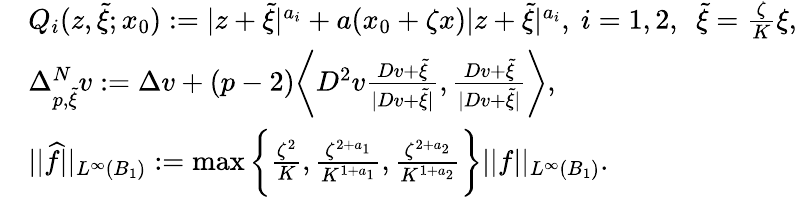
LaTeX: \begin{array}{rl}&{Q_{i}(z,\widetilde{\xi};x_{0}):=|z+\widetilde{\xi}|^{a_{i}}+a(x_{0}+\zeta x)|z+\widetilde{\xi}|^{a_{i}},\ i=1,2,\ \ \widetilde{\xi}=\frac{\zeta}{K}\xi,}\\ &{\Delta_{p,\widetilde{\xi}}^{N}v:=\Delta v+(p-2)\bigg\langle D^{2}v\frac{Dv+\widetilde{\xi}}{|Dv+\widetilde{\xi}|},\frac{Dv+\widetilde{\xi}}{|Dv+\widetilde{\xi}|}\bigg\rangle,}\\ &{||\widehat{f}||_{L^{\infty}(B_{1})}:=\operatorname*{max}\bigg\{ \frac{\zeta^{2}}{K},\frac{\zeta^{2+a_{1}}}{K^{1+a_{1}}},\frac{\zeta^{2+a_{2}}}{K^{1+a_{2}}}\bigg\} ||f||_{L^{\infty}(B_{1})}.}\end{array}